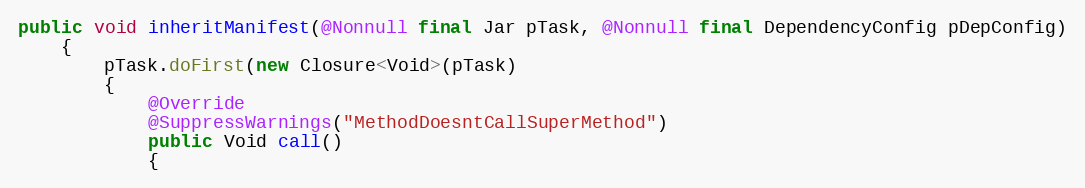
Language: Java
public void inheritManifest(@Nonnull final Jar pTask, @Nonnull final DependencyConfig pDepConfig)
    {
        pTask.doFirst(new Closure<Void>(pTask)
        {
            @Override
            @SuppressWarnings("MethodDoesntCallSuperMethod")
            public Void call()
            {